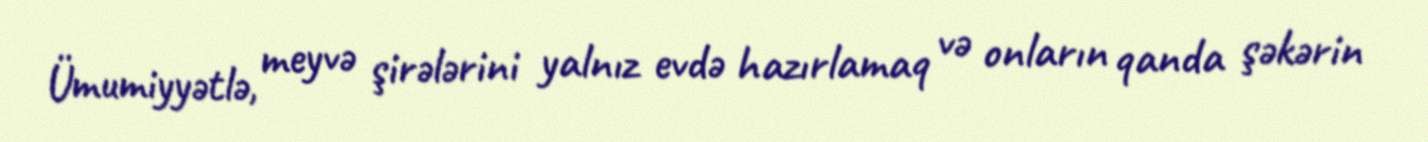
Ümumiyyətlə, meyvə şirələrini yalnız evdə hazırlamaq və onların qanda şəkərin